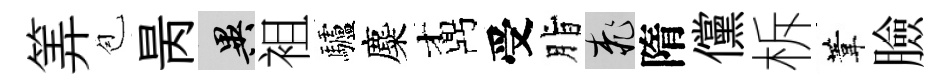
筭苞昺异袓驢麋鼒受脂桃隋儻柝葦臉